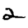
Digit: 2